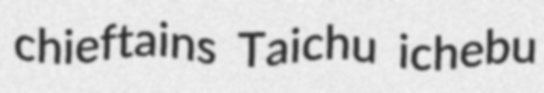
chieftains Taichu ichebu